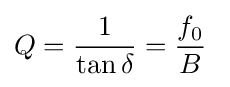
Q={\frac {1}{\tan \delta }}={\frac {f_{0}}{B}}\